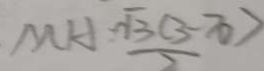
M H = \frac { \sqrt { 3 } ( 3 - \pi ) } { 2 }